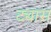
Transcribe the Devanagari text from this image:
ट्यास